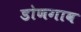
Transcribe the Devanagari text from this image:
डोणगाव